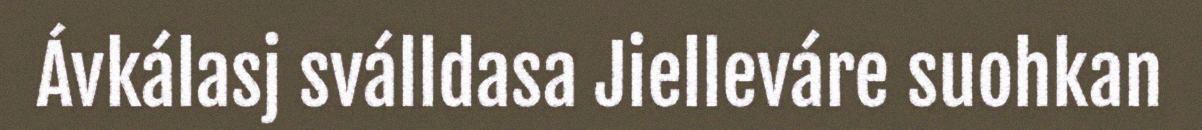
Ávkálasj sválldasa Jielleváre suohkan